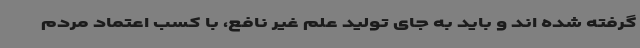
گرفته شده اند و باید به جای تولید علم غیر نافع، با کسب اعتماد مردم